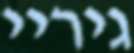
גיריי